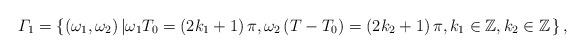
LaTeX: \begin{align*}\varGamma_{1}=\left\{ \left(\omega_{1},\omega_{2}\right)\left|\omega_{1}T_{0}=\left(2k_{1}+1\right)\pi,\omega_{2}\left(T-T_{0}\right)=\left(2k_{2}+1\right)\pi,k_{1}\in\mathbb{Z},k_{2}\in\mathbb{Z}\right.\right\} ,\end{align*}